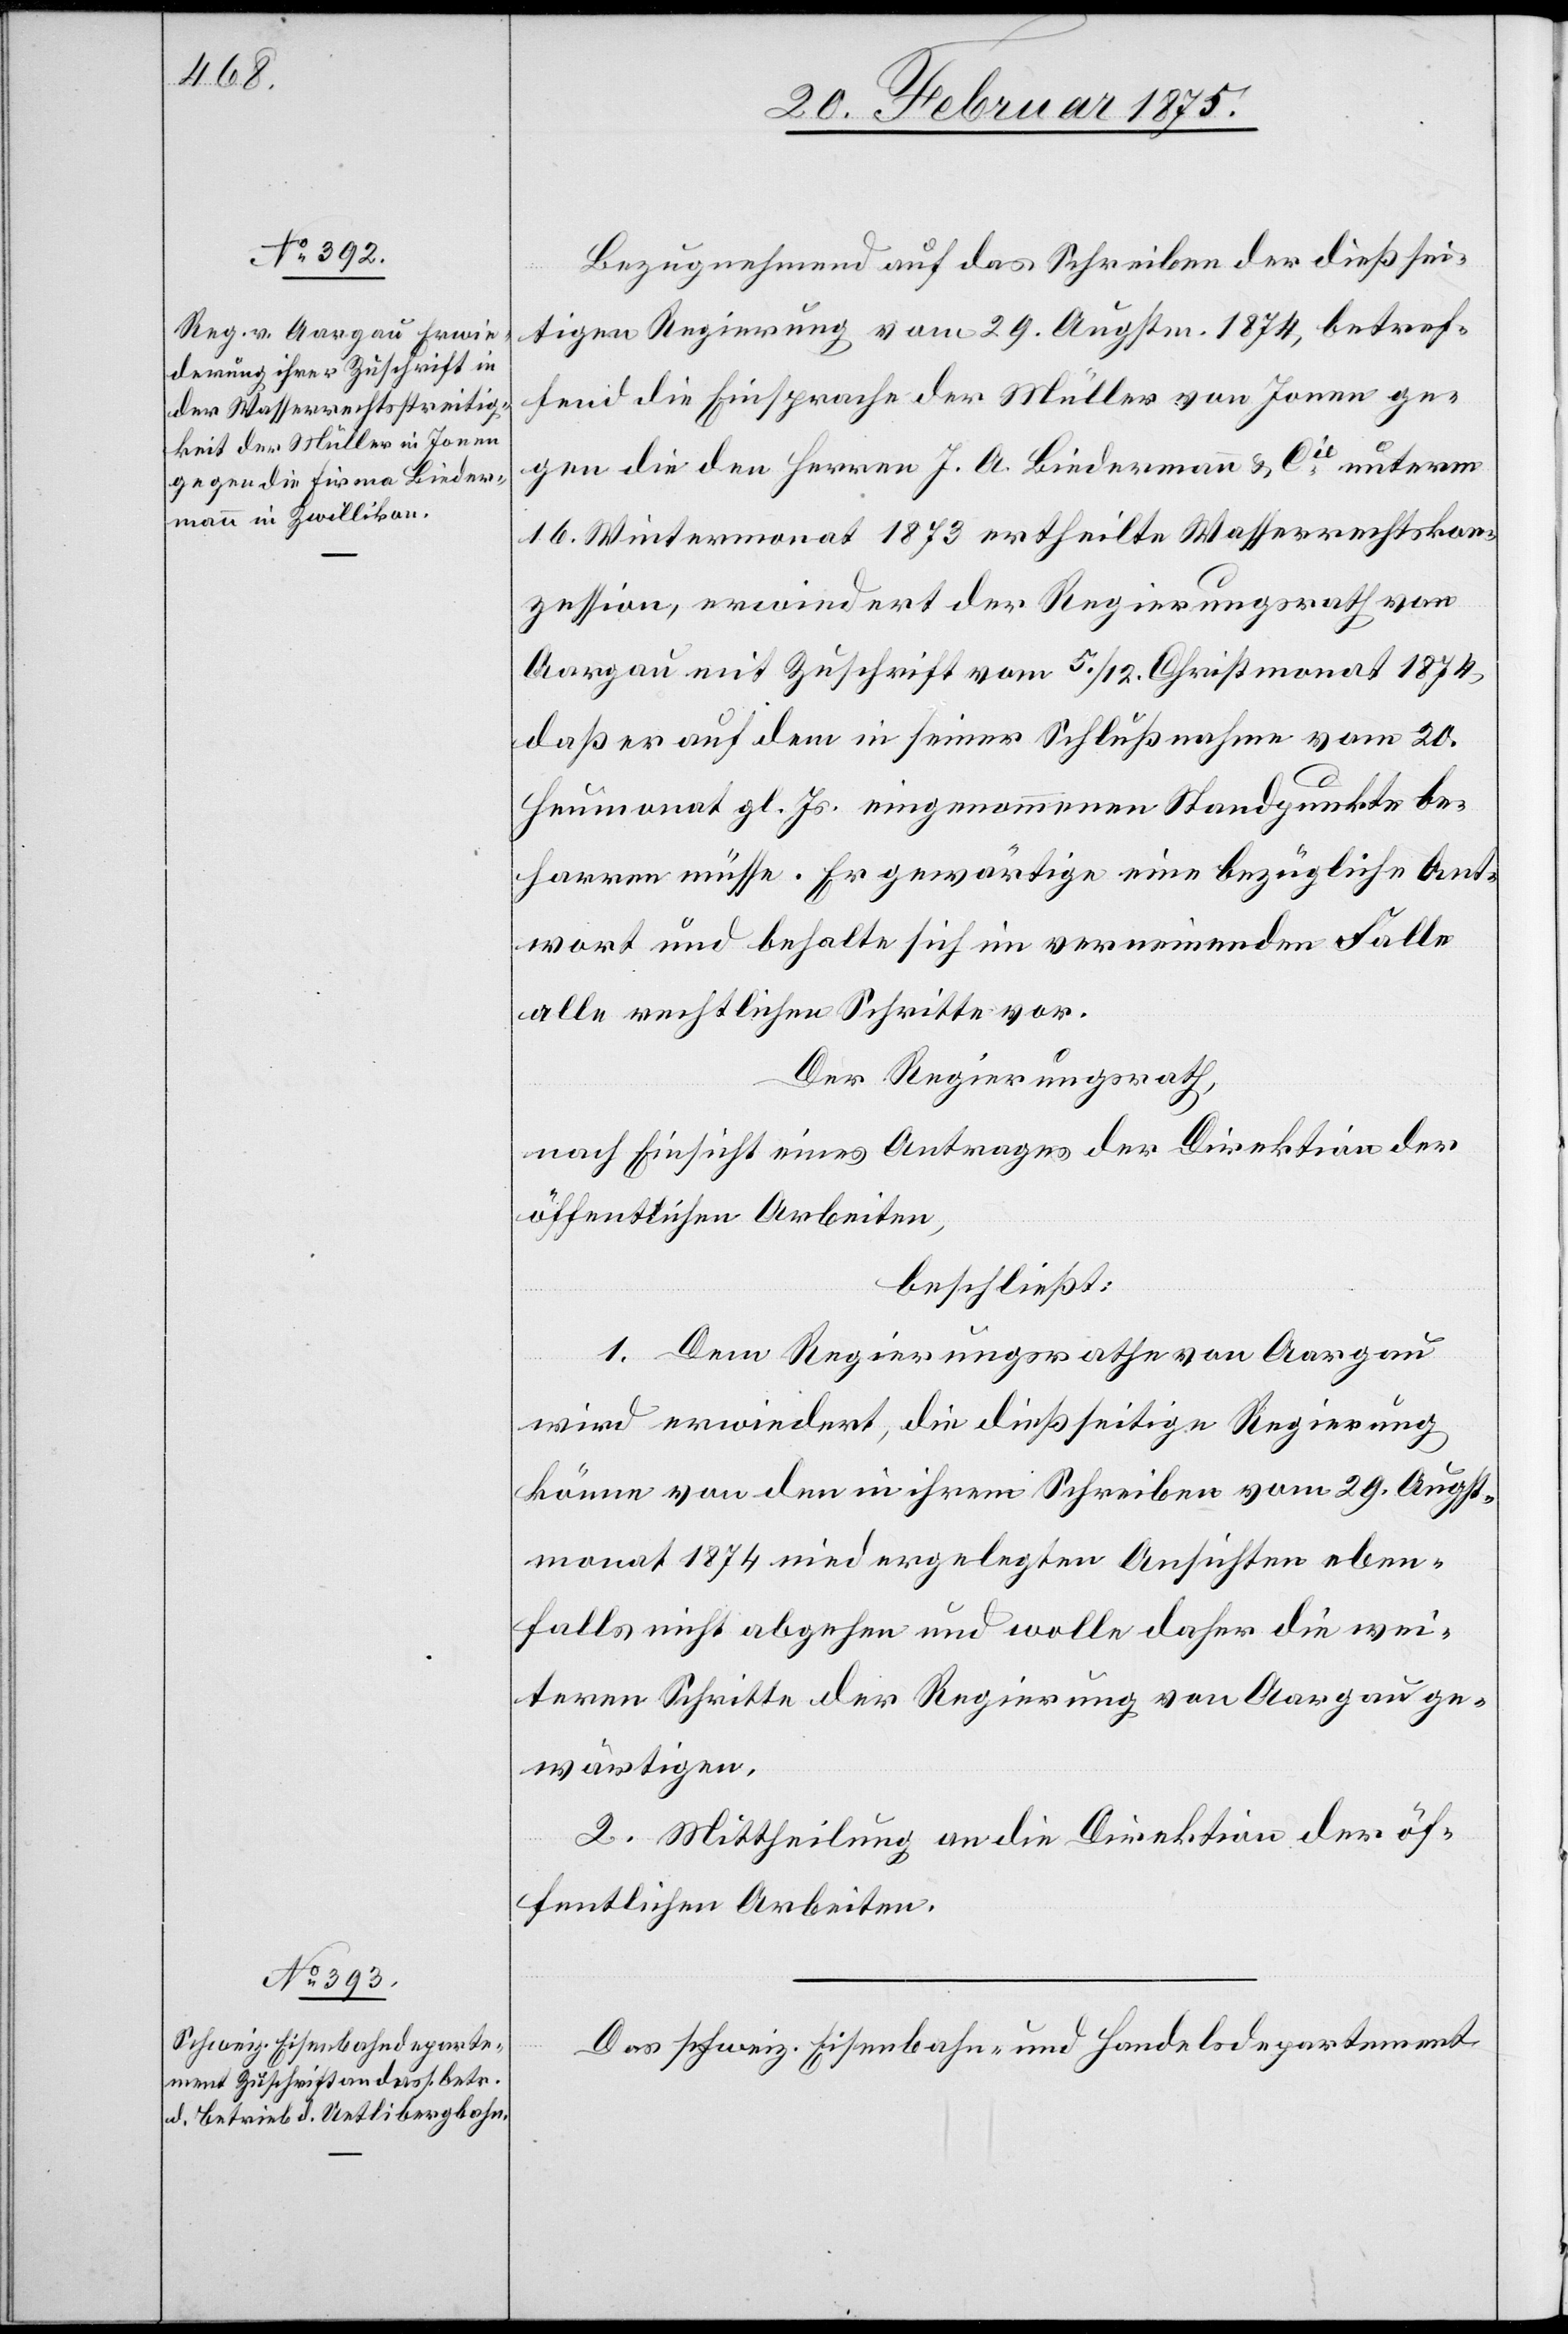
Bezugnehmend auf das Schreiben der dießsei¬
tigen Regierung vom 29. Augstm. 1874, betref¬
fend die Einsprache der Müller von Jonen ge¬
gen die den Herren J. A. Biedermann & Cie unterm
16. Wintermonat 1873 ertheilte Wasserrechtskon¬
zession, erwiedert der Regierungsrath von
Aargau mit Zuschrift vom 5./12. Christmonat 1874,
daß er auf dem in seiner Schlußnahme vom 20.
Heumonat gl. Js. eingenommenen Standpunkte be¬
harren müsse. Er gewärtige eine bezügliche Ant¬
wort und behalte sich im verneinenden Falle
alle rechtlichen Schritte vor.
Der Regierungsrath,
nach Einsicht eines Antrages der Direktion der
öffentlichen Arbeiten,
beschließt:
1. Dem Regierungsrathe von Aargau
wird erwiedert, die dießseitige Regierung
könne von den in ihrem Schreiben vom 29. Augst¬
monat 1874 niedergelegten Ansichten eben¬
falls nicht abgehen und wolle daher die wei¬
teren Schritte der Regierung von Aargau ge¬
wärtigen.
2. Mittheilung an die Direktion der öf¬
fentlichen Arbeiten.
Das schweiz. Eisenbahn- und Handelsdepartement